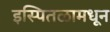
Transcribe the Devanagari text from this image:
इस्पितळामधून